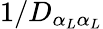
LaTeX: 1/D_{\alpha_{L}\alpha_{L}}